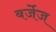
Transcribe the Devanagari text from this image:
बर्जेज